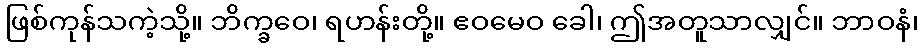
ဖြစ်ကုန်သကဲ့သို့။ ဘိက္ခဝေ၊ ရဟန်းတို့။ ဧဝမေဝ ခေါ၊ ဤအတူသာလျှင်။ ဘာဝနံ၊